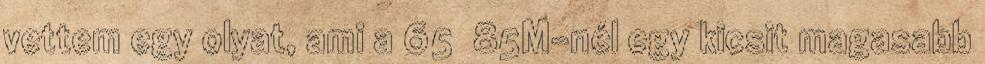
vettem egy olyat, ami a 65 85M-nél egy kicsit magasabb